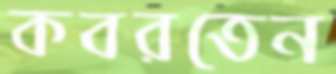
কবরতেন